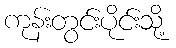
ကုန်းတွင်းပိုင်းသို့